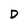
Character: D